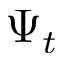
\Psi _ { t }